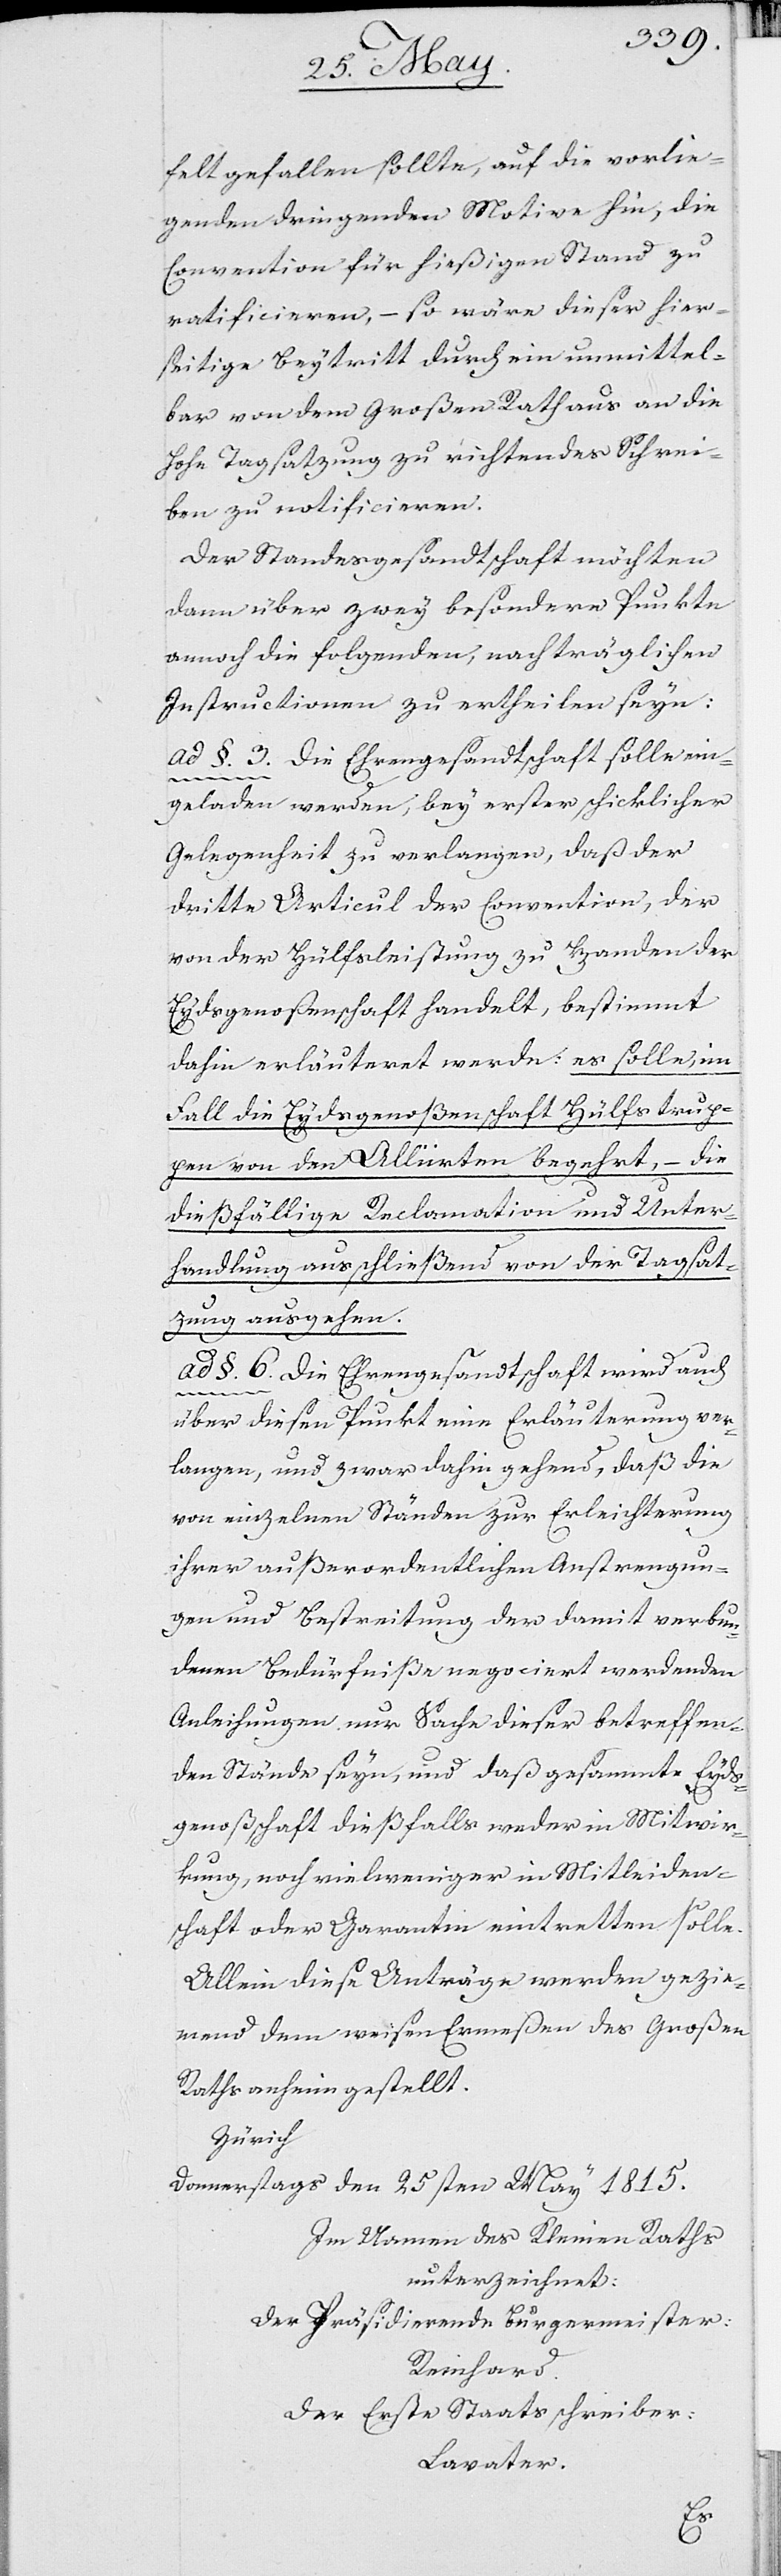
felt gefallen sollte, auf die vorlie¬
genden dringenden Motive hin, die
Convention für hießigen Stand zu
ratificieren, – so wäre dieser hier¬
seitige Beytritt durch ein unmittel¬
bar von dem Großen Rath aus an die
Hohe Tagsatzung zu richtendes Schrei¬
ben zu ratificieren.
Der Standesgesandtschaft möchten
dann über zwey besondere Punkte
annoch die folgenden, nachträglichen
Instructionen zu ertheilen seyn:
Ad §. 3. Die Ehrengesandtschaft solle ein¬
geladen werden, bey erster schicklicher
Gelegenheit zu verlangen, daß der
dritte Articul der Convention, der
von der Hülfsleistung zu Handen der
Eydsgenoßenschaft handelt, bestimmt
dahin erläuteret werde: es solle, im
Fall die Eydsgenoßenschaft Hülfstrup¬
pen von den Alliirten begehrt, – die
dießfällige Reclamation und Unter¬
handlung ausschließend von der Tagsat¬
zung ausgehen.
Ad §. 6. Die Ehrengesandtschaft wird auch
über diesen Punkt eine Erläuterung ver¬
langen, und zwar dahin gehend, daß die
von einzelnen Ständen zur Erleichterung
ihrer außerordentlichen Anstrengun¬
gen und Bestreitung der damit verbun¬
denen Bedürfniße negociert werdenden
Anleihungen nur Sache dieser betreffen¬
den Stände seyn, und daß gesammte Eyds¬
genoßenschaft dießfalls weder in Mitwir¬
kung, noch vielweniger in Mitleiden¬
schaft oder Garantie eintretten solle.
Allein diese Anträge werden gezie¬
mend dem weisen Ermeßen des Großen
Rathes anheim gestellt.
Zürich
Donnerstags den 25sten May 1815.
Im Namen des Kleinen Raths
unterzeichnet:
Der Präsidierende Bürgermeister:
Reinhard.
Der erste Staatsschreiber:
Lavater.